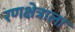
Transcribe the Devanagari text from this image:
रणक्षेत्राला